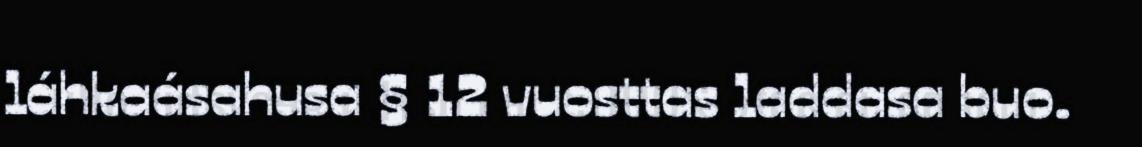
láhkaásahusa § 12 vuosttas laddasa buo.